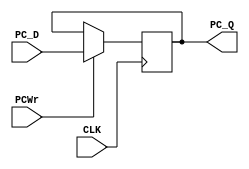
`timescale 1ns / 1ps

module PC(
  input PCWr,
  //input PCWrCond,
  //input F3_result,
  input CLK,
  input [31:0] PC_D,
  output reg [31:0] PC_Q
    );
  //reg PC_W;
  initial PC_Q <= 0;
  always @ (posedge CLK) begin
        //PC_W=PCWr|(PCWrCond & F3_result);
        if(PCWr==1) PC_Q=PC_D;
  end
endmodule